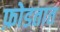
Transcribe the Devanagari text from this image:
फ़ोडतात